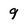
Character: 9